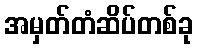
အမှတ်တံဆိပ်တစ်ခု